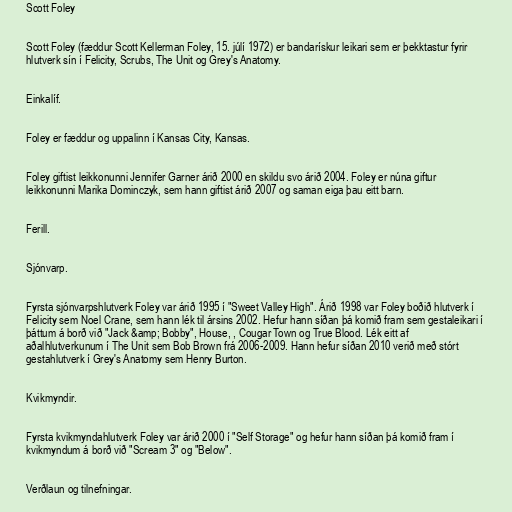
Scott Foley

Scott Foley (fæddur Scott Kellerman Foley, 15. júlí 1972) er bandarískur leikari sem er þekktastur fyrir
hlutverk sín í Felicity, Scrubs, The Unit og Grey's Anatomy.

Einkalíf.

Foley er fæddur og uppalinn í Kansas City, Kansas.

Foley giftist leikkonunni Jennifer Garner árið 2000 en skildu svo árið 2004. Foley er núna giftur
leikkonunni Marika Dominczyk, sem hann giftist árið 2007 og saman eiga þau eitt barn.

Ferill.

Sjónvarp.

Fyrsta sjónvarpshlutverk Foley var árið 1995 í "Sweet Valley High". Árið 1998 var Foley boðið hlutverk í
Felicity sem Noel Crane, sem hann lék til ársins 2002. Hefur hann síðan þá komið fram sem gestaleikari í
þáttum á borð við "Jack &amp; Bobby", House, , Cougar Town og True Blood. Lék eitt af
aðalhlutverkunum í The Unit sem Bob Brown frá 2006-2009. Hann hefur síðan 2010 verið með stórt
gestahlutverk í Grey's Anatomy sem Henry Burton.

Kvikmyndir.

Fyrsta kvikmyndahlutverk Foley var árið 2000 í "Self Storage" og hefur hann síðan þá komið fram í
kvikmyndum á borð við "Scream 3" og "Below".

Verðlaun og tilnefningar.